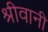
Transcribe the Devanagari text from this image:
श्रीवानी